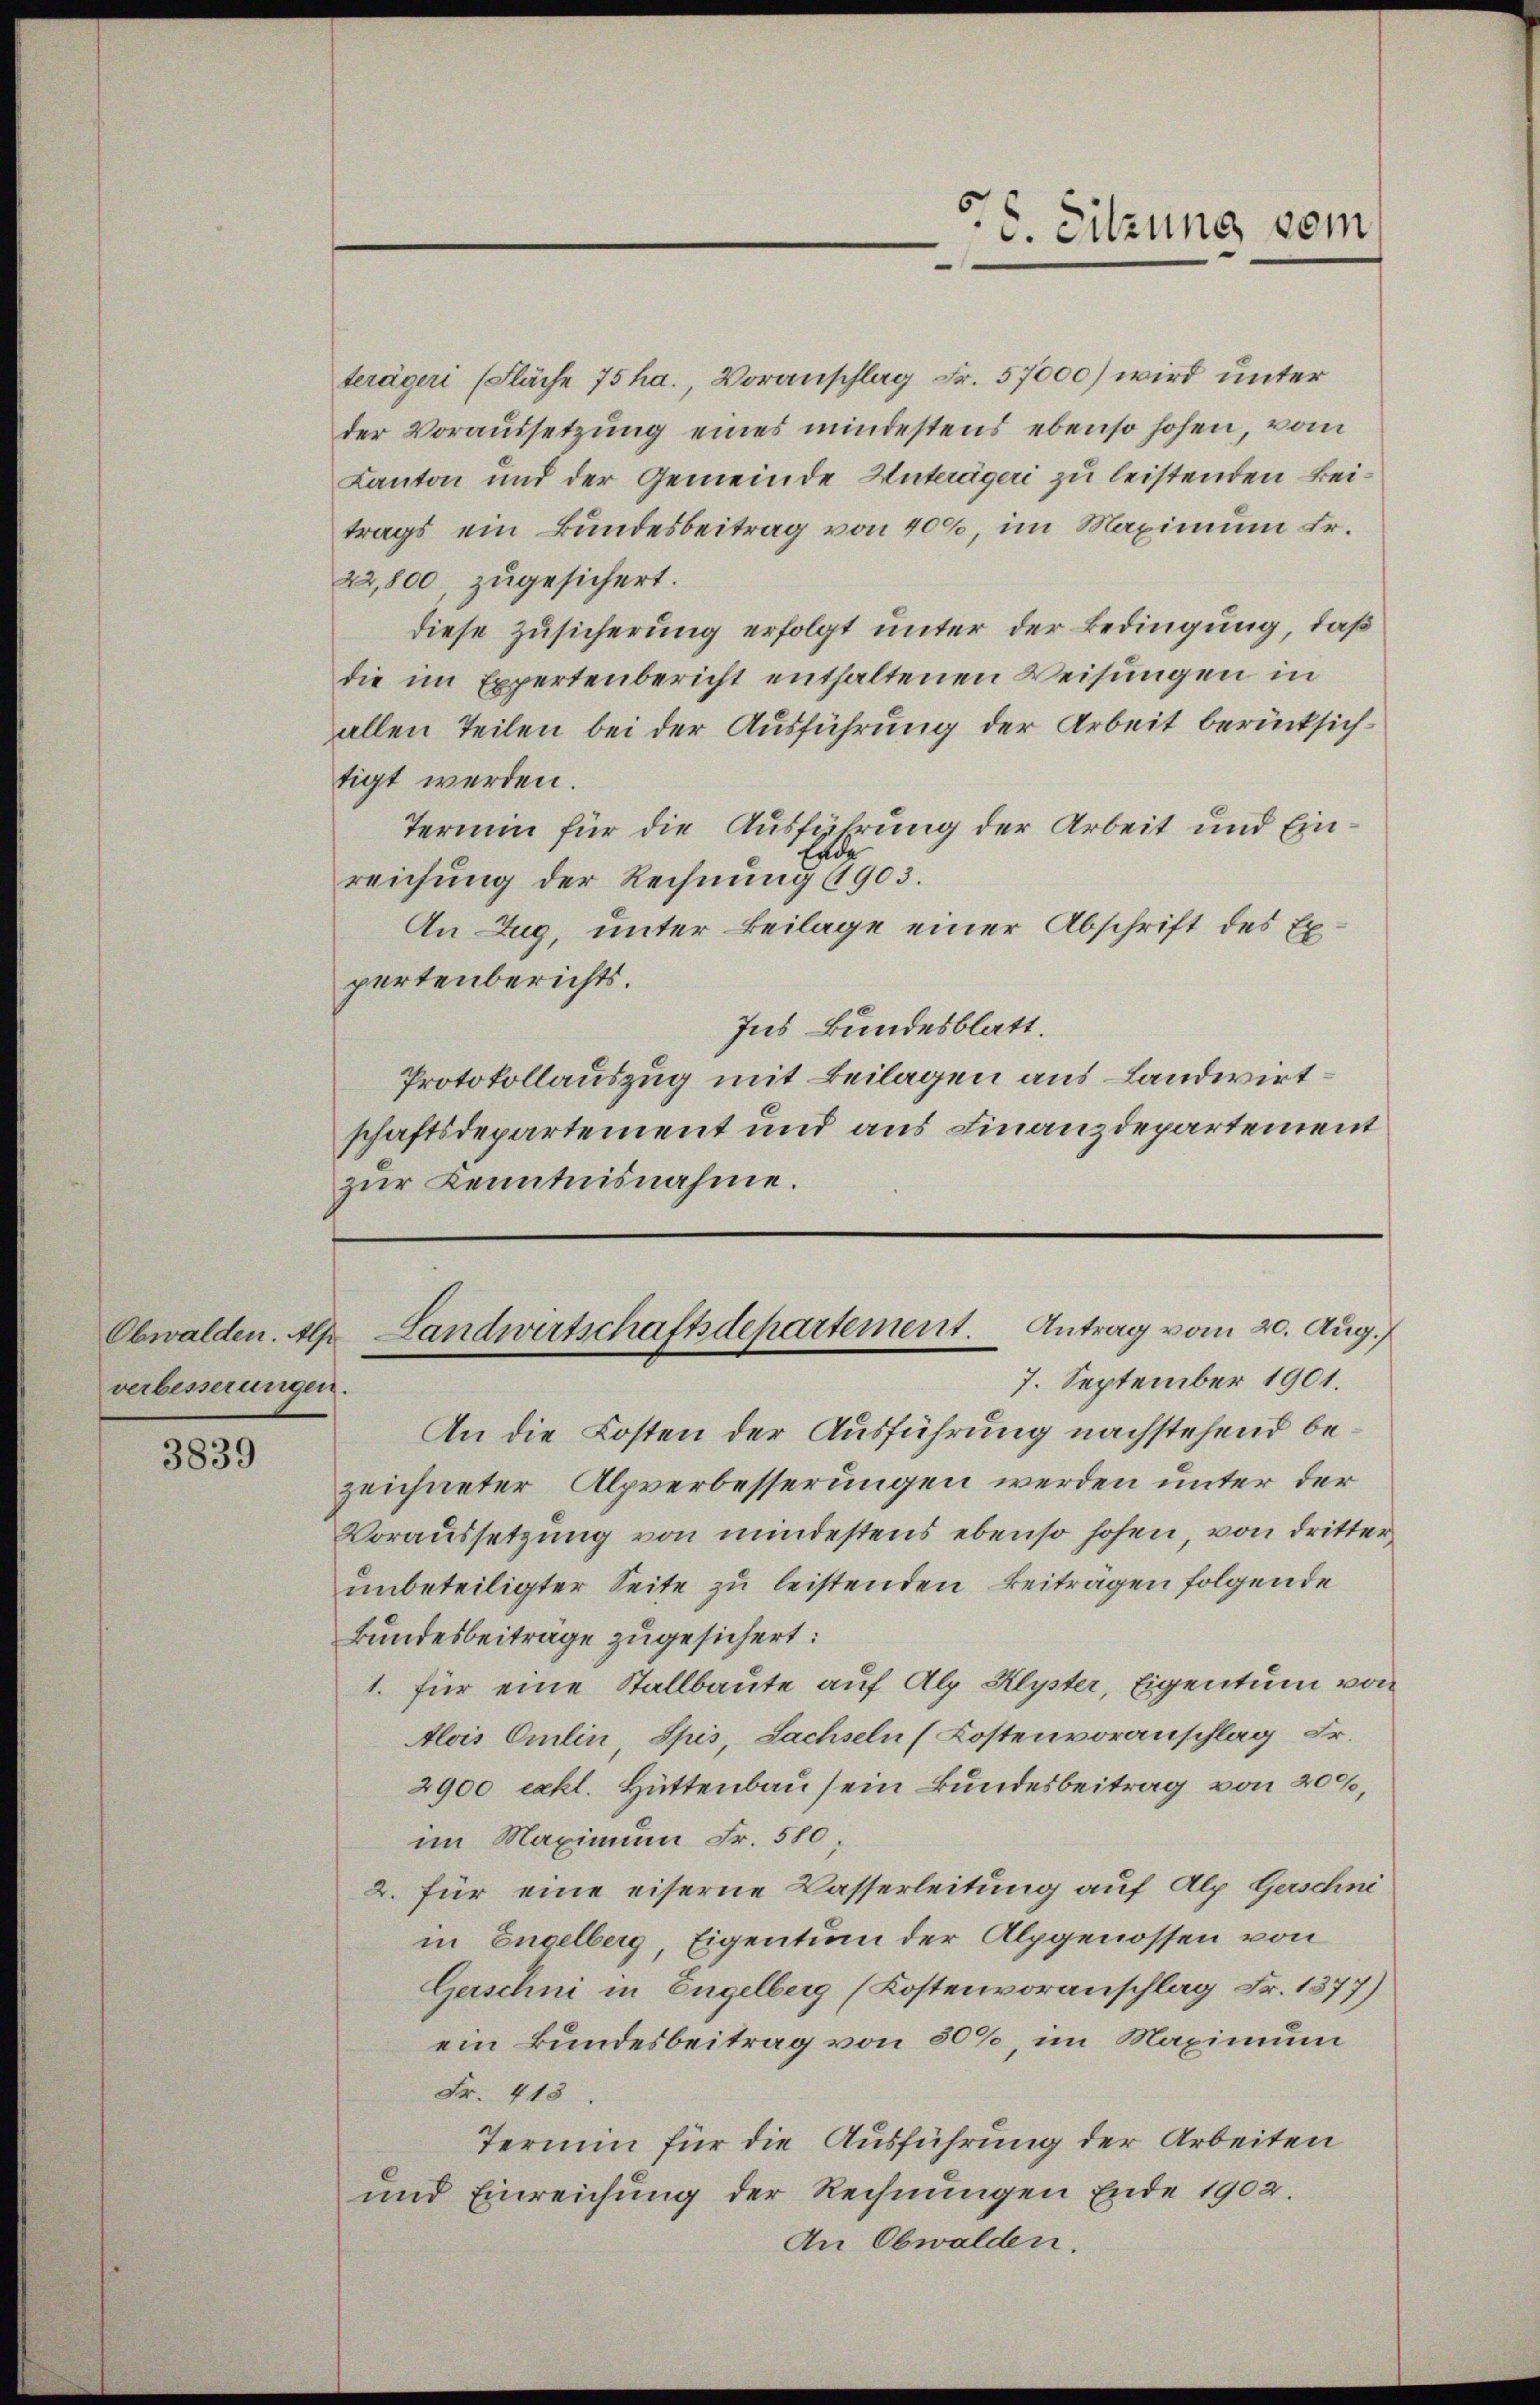
Obwalden. Als
verbesserungen.

3839

Landwertschaftsdepartement. Antrag vom 20. Aug.,
7. September 1901.

6. Sitzung vom

terägeri (Fläche 75 ha., Voranschlag Fr. 57000) wird unter
der Voraussetzung eines mindestens ebenso hohen, vom
Kanton und der Gemeinde Unterägeri zu leistenden Beitrags ein Bundesbeitrag von 400, im Maximum Fr.
22,800, zugesichert.
diese Zusicherung erfolgt unter der Bedingung, daß
die im Expertenbericht enthaltenen Weisungen in
allen Teilen bei der Ausführung der Arbeit berücksichtigt werden.
Termin für die Ausführung der Arbeit und Ein¬
Eide
reichung der Rechnung 1903.
An Zug, unter Beilage einer Abschrift des Expertenberichts.
Ins Bundesblatt
Protokollauszug mit Beilagen aus Landwirtschaftsdepartement und aus Finanzdepartement
zŭr Kenntnisnahme.

An die Kosten der Ausführung nachstehend bezeichneter Alpverbesserungen werden unter der
Voraussetzung von mindestens ebenso hohen, von dritter,
unbeteiligter Seite zu leistenden Beitragen folgende
Bundesbeiträge zugesichert:
1. für eine Stallbaute auf Alp Klyster, Eigentum von
Alois Omlin Spis, Sachseln (Kostenvoranschlag Fr.
2900 exkl. Hüttenbau sein Bundesbeitrag von 200,
im Maximum Fr. 580;
2. für eine eiserne Kasserleitung auf Alp Geschni
in Engelberg, Eigentum der Alpgenossen von
Gerschni in Engelberg (Kostenvoranschlag Fr. 1377)
ein Bundesbeitrag von 80%, im Maximum
Fr. 413
Termin für die Ausführung der Arbeiten
und Einreichung der Rechnungen Ende 1902.
An Obwalden.